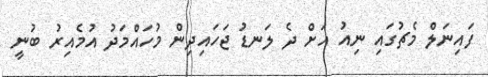
ފައިނަލް މެޗުގައި ނިއު އަށް ދެ ލަނޑު ޖަހައިދިން މުހައްމަދު އުމެއިރު ބުނީ